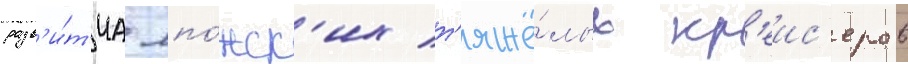
разв'и́т'иа япо́нск'их т'яжё́лых кр'еис'еров